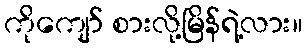
ကိုကျော် စားလို့မြိန်ရဲ့လား။